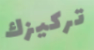
تركيزك